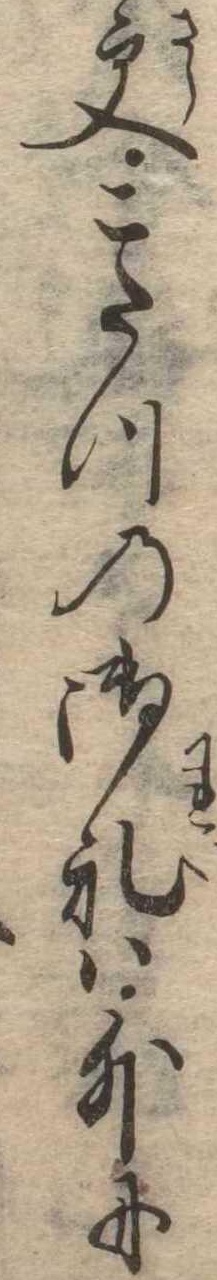
更こたつの御礼は外に